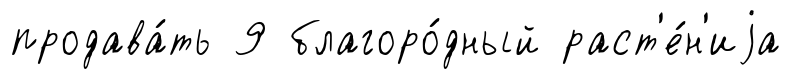
продава́ть 9 благоро́дный раст'е́н'иjа